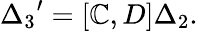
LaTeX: {\Delta_{3}}^{\prime}=\left[\mathbb{C},D\right]\Delta_{2}.